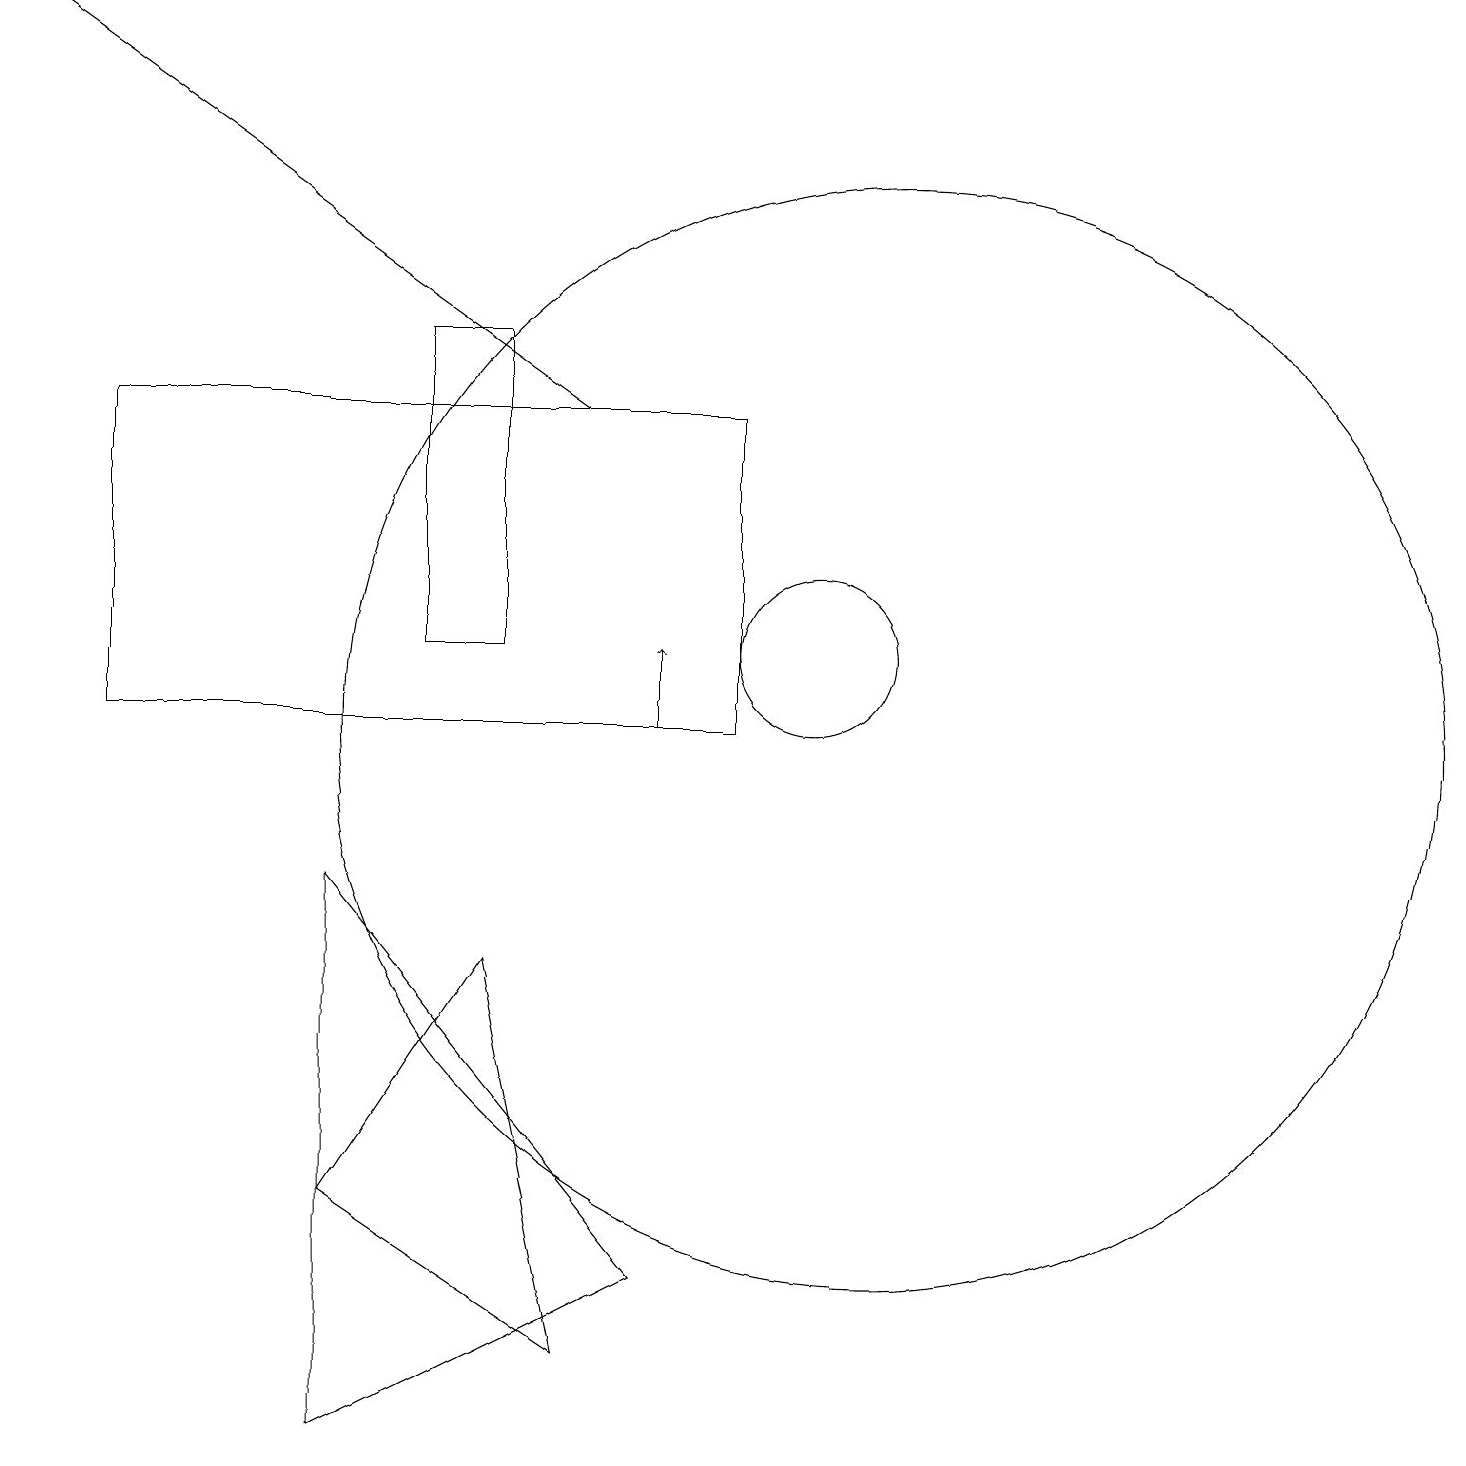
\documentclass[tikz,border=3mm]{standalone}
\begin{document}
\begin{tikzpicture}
\draw (9,14) rectangle (1,10);
\draw[->] (7,14) -- (0,19);
\draw (4,4) -- (6,7) -- (7,2) -- cycle;
\draw (6,11) rectangle (5,15);
\draw[->] (8,10) -- (8,11);
\draw (10,11) circle (1);
\draw (4,8) -- (8,3) -- (4,1) -- cycle;
\draw (11,10) circle (7);
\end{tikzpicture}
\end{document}